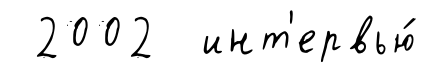
2002 инт'ервью́